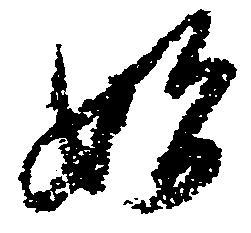
始